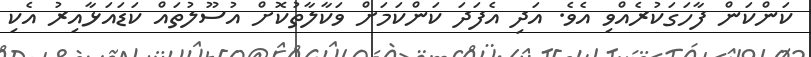
ކަންކަން ފާހަގަކުރެއްވި އެވެ. އަދި އެފަދަ ކަންކަމަށް ވަކާލާތުކޮށް އުސޫލުތައް ކަޑައަޅާއިރު އެކި